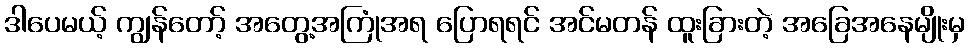
ဒါပေမယ့် ကျွန်တော့် အတွေ့အကြုံအရ ပြောရရင် အင်မတန် ထူးခြားတဲ့ အခြေအနေမျိုးမှ